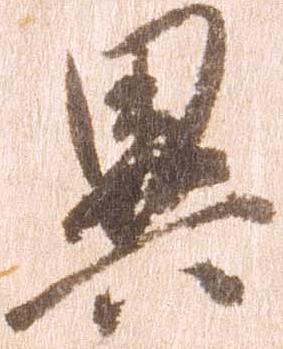
異